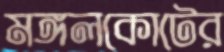
মঙ্গলকোটের